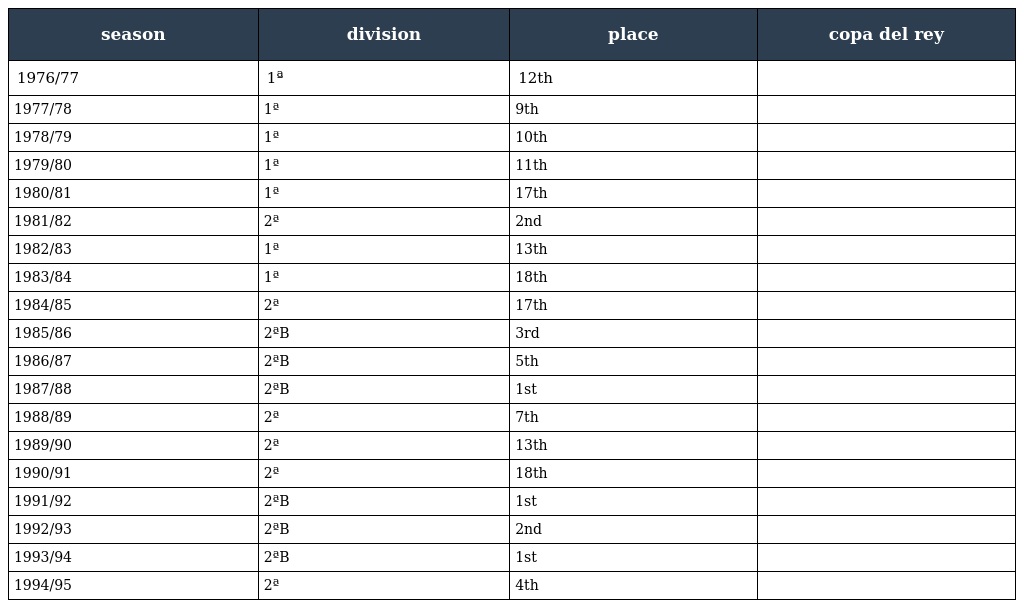
| season | division | place | copa del rey |
 | --- | --- | --- | --- |
 | 1976/77 | 1ª | 12th |  |
 | 1977/78 | 1ª | 9th |  |
 | 1978/79 | 1ª | 10th |  |
 | 1979/80 | 1ª | 11th |  |
 | 1980/81 | 1ª | 17th |  |
 | 1981/82 | 2ª | 2nd |  |
 | 1982/83 | 1ª | 13th |  |
 | 1983/84 | 1ª | 18th |  |
 | 1984/85 | 2ª | 17th |  |
 | 1985/86 | 2ªB | 3rd |  |
 | 1986/87 | 2ªB | 5th |  |
 | 1987/88 | 2ªB | 1st |  |
 | 1988/89 | 2ª | 7th |  |
 | 1989/90 | 2ª | 13th |  |
 | 1990/91 | 2ª | 18th |  |
 | 1991/92 | 2ªB | 1st |  |
 | 1992/93 | 2ªB | 2nd |  |
 | 1993/94 | 2ªB | 1st |  |
 | 1994/95 | 2ª | 4th |  |